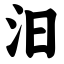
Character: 汨